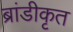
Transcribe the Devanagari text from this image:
ब्रांडीकृत